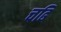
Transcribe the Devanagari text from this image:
चढि